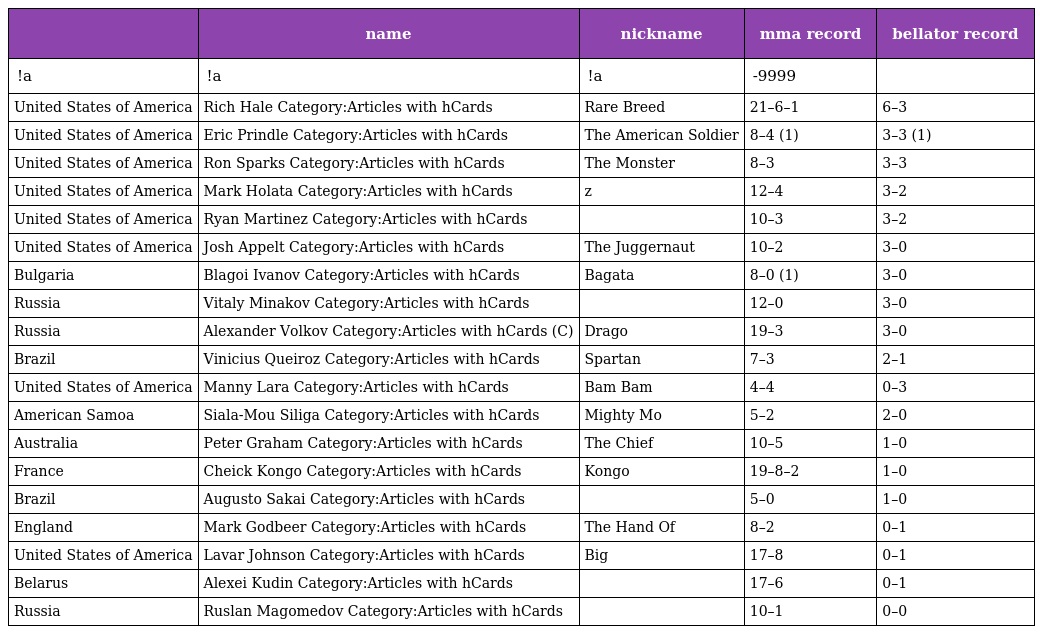
|  | name | nickname | mma record | bellator record |
 | --- | --- | --- | --- | --- |
 | !a | !a | !a | -9999 |  |
 | United States of America | Rich Hale Category:Articles with hCards | Rare Breed | 21–6–1 | 6–3 |
 | United States of America | Eric Prindle Category:Articles with hCards | The American Soldier | 8–4 (1) | 3–3 (1) |
 | United States of America | Ron Sparks Category:Articles with hCards | The Monster | 8–3 | 3–3 |
 | United States of America | Mark Holata Category:Articles with hCards | z | 12–4 | 3–2 |
 | United States of America | Ryan Martinez Category:Articles with hCards |  | 10–3 | 3–2 |
 | United States of America | Josh Appelt Category:Articles with hCards | The Juggernaut | 10–2 | 3–0 |
 | Bulgaria | Blagoi Ivanov Category:Articles with hCards | Bagata | 8–0 (1) | 3–0 |
 | Russia | Vitaly Minakov Category:Articles with hCards |  | 12–0 | 3–0 |
 | Russia | Alexander Volkov Category:Articles with hCards (C) | Drago | 19–3 | 3–0 |
 | Brazil | Vinicius Queiroz Category:Articles with hCards | Spartan | 7–3 | 2–1 |
 | United States of America | Manny Lara Category:Articles with hCards | Bam Bam | 4–4 | 0–3 |
 | American Samoa | Siala-Mou Siliga Category:Articles with hCards | Mighty Mo | 5–2 | 2–0 |
 | Australia | Peter Graham Category:Articles with hCards | The Chief | 10–5 | 1–0 |
 | France | Cheick Kongo Category:Articles with hCards | Kongo | 19–8–2 | 1–0 |
 | Brazil | Augusto Sakai Category:Articles with hCards |  | 5–0 | 1–0 |
 | England | Mark Godbeer Category:Articles with hCards | The Hand Of | 8–2 | 0–1 |
 | United States of America | Lavar Johnson Category:Articles with hCards | Big | 17–8 | 0–1 |
 | Belarus | Alexei Kudin Category:Articles with hCards |  | 17–6 | 0–1 |
 | Russia | Ruslan Magomedov Category:Articles with hCards |  | 10–1 | 0–0 |